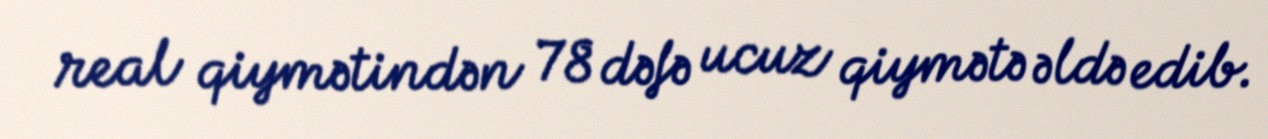
real qiymətindən 78 dəfə ucuz qiymətə əldə edib.